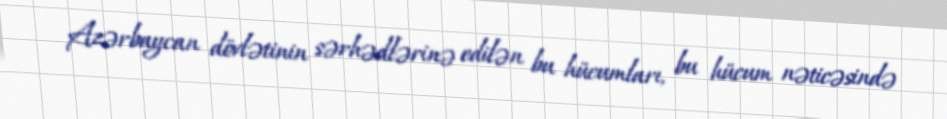
Azərbaycan dövlətinin sərhədlərinə edilən bu hücumları, bu hücum nəticəsində